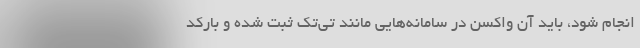
انجام شود، باید آن واکسن در سامانه‌هایی مانند تی‌تک ثبت شده و بارکد